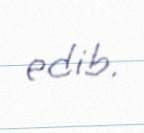
edib.